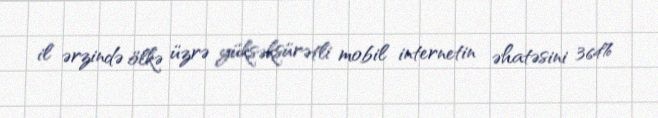
il ərzində ölkə üzrə yüksəksürətli mobil internetin əhatəsini 364%